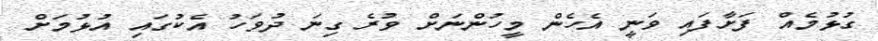
ގުޅުމެއް ފަށާފައި ވަނީ އެހެން މީހުންނަށް ވުރެ ގިނަ ދުވަހު އެކުގައި އުޅުމަށް